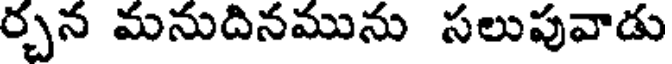
ర్చన మనుదినమును సలుపువాడు